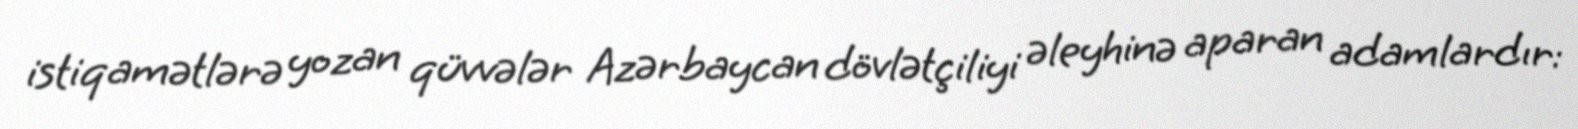
istiqamətlərə yozan qüvvələr Azərbaycan dövlətçiliyi əleyhinə aparan adamlardır: